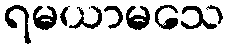
ရမယာမသေ